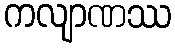
ကလျာဏဿ